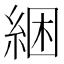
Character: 綑